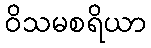
ဝိသမစရိယာ